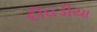
દીઘડીયા